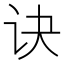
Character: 诀